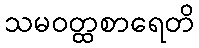
သမဝတ္ထစာရေတိ